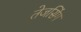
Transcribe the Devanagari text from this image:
तेजसिंग